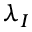
\lambda _ { I }